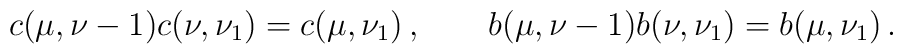
c(\mu,\nu-1)c(\nu,\nu_1)=c(\mu,\nu_1)\,,\qquad  b(\mu,\nu-1)b(\nu,\nu_1)=b(\mu,\nu_1)\,.